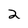
Character: 2